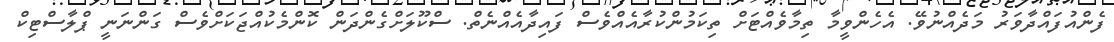
ފެންއުފައްދާވަރު މަދެއްނުވޭ. އެހެންވީމާ ތިމާވެއްޓަށް ތިކަމުންކުރާއެއްވެސް ފައިދާއެއްނެތް. ސްކޫލަށްގެންދަން ކޮންމެކުއްޖަކަށްވެސް ގަންނަނީ ޕްލާސްޓިކް